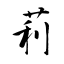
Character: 莉